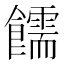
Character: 𫗜